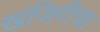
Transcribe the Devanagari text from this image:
खंजिरीचा